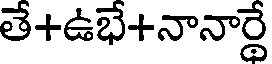
తే+ఉభే+నానార్థే